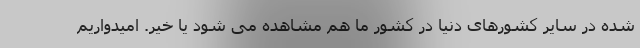
شده در سایر کشورهای دنیا در کشور ما هم مشاهده می شود یا خیر. امیدواریم